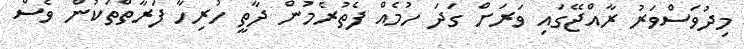
މިދުވަސްވަރު ރާއްޖޭގައި ވަރަށް ގަދަ ހުމެއް ފެތުރެމުން ދާތީ ހުރިހާ ފަރާތްތަކުން ވެސް